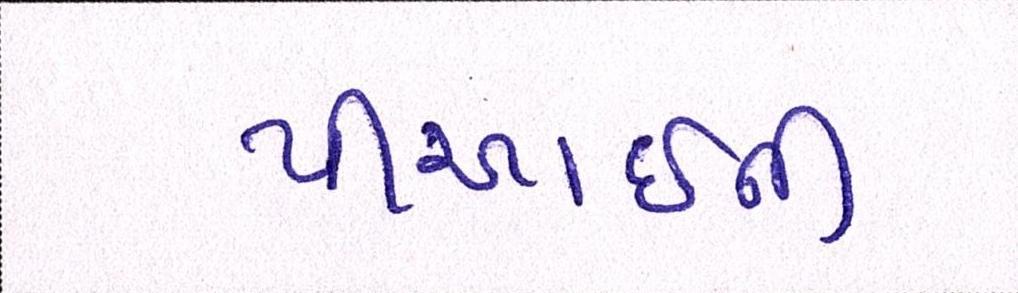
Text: પીઆઈની